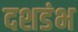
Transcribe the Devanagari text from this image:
दशडंभ